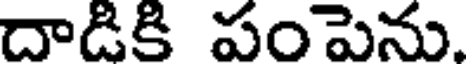
దాడికి పంపెను.